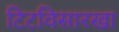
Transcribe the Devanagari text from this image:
टिटविसारखा